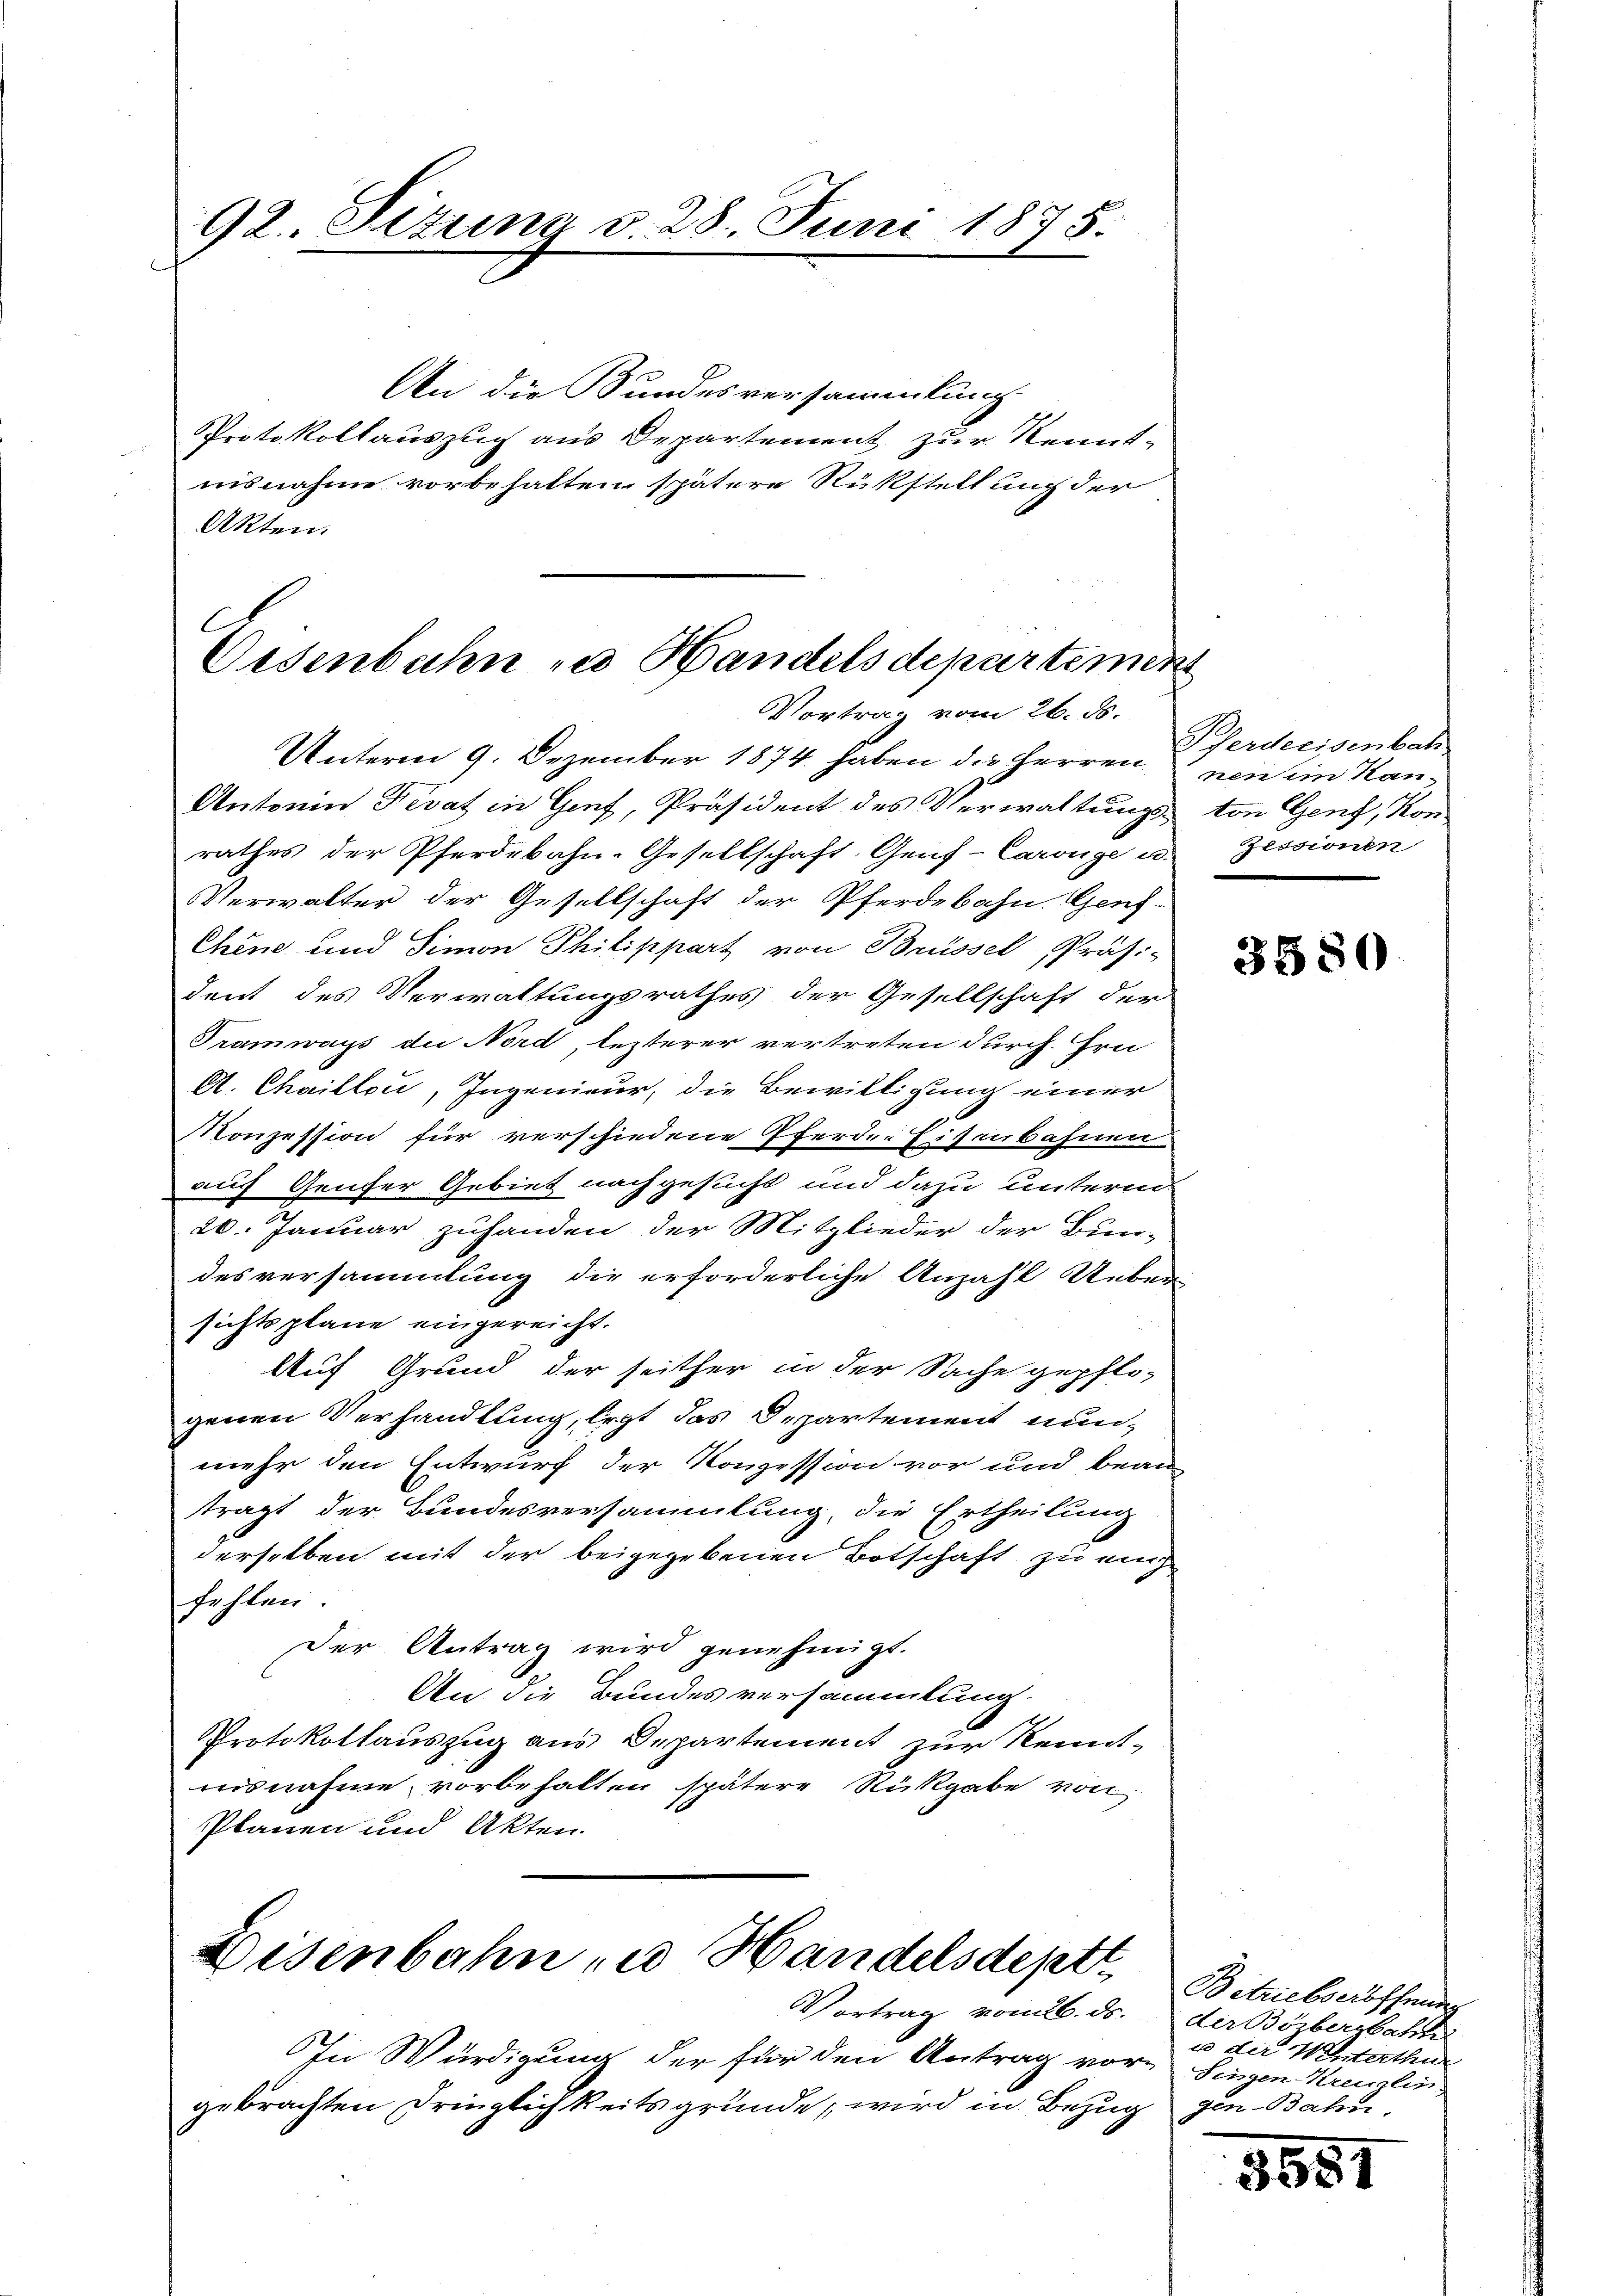
92. Situng d. 28. Juni 1875.

An die Bundesversammlung.
Protokollauszug aus Departement zur Kennt-
nisnahme vorbehalten spätere Rükstellung der
Akten.

C
Oesenbahn zu Handels departemen

In Würdigung der für den Antrag vor¬ Fingen Kreuzlin
gebrachten Dringlichkeitsgründe, wird in Bezug

Vortrag vom 26. ds.
Unterm 9. Dezember 1874 haben die Herren neu ein Kan¬
Antonia Fevat in Genf, Präsident des Verwaltungs- von Genf, Konrathes der Pferdebahn-Gesellschaft, Genf-Carönge u. Zessionen
Verwalter der Gesellschaft der Pferdebahn. Geneh-
Chene und Simon Philippart von Brüssel, Präsi-
dent des Verwaltungsrathes der Gesellschaft der
Tramways die Nord, lezterer vertreten durch Hrn
A. Chaillon, Ingenieur, die Bewilligung einer
Konzession für verschiedene Pferde-Eisenbahnen.
auf Genfer Gebiet nachgesucht und dazu unterm
20. Januar zuhanden der Mitglieder der Bun-
desversammlung die erforderliche Anzahl Ueber
sichtsplane eingereicht.
Auf Grund der seither in der Sache gepflo-
genen Verhandlung, legt das Departement nunmehr den Entwurf der Konzession vor und bean-
trägt der Bundesversammlung, die Ertheilung
derselben mit der beigegebenen Botschaft zu eig
fehlen
Der Antrag wird genehmigt.
An die Bundesversammlung.
Protokollauszug aus Departement zur Kenntaisnahme vorbehalten spätere Rückgabe von
Planen und Akten.

Disenbahn zu Handelsdeptt
Vortrag vom 26. ds.

Pferdeeisenbah

3580

Betriebseröffnung
der Börbergbahn
u der Winterthur
den-Bata

3557